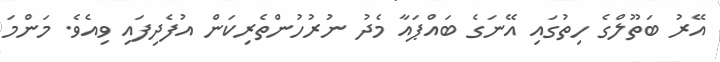
އޭރު ބަތޫލްގެ ހިތުގައި އޭނަގެ ބައްޕައާ މެދު ނުރުހުންތެރިކަން އުފެދިފައި ވިއެވެ. މަންމަ